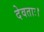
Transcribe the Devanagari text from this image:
देवताः।